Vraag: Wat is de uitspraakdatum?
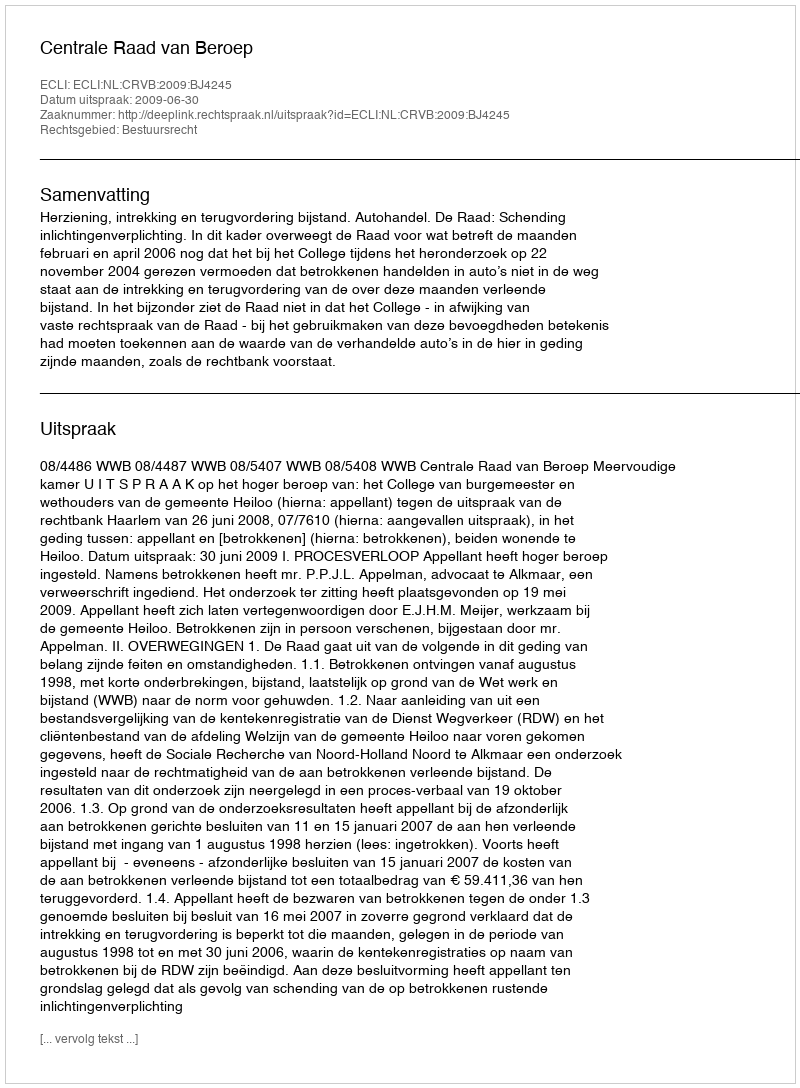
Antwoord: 2009-06-30